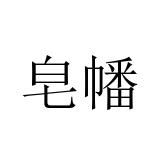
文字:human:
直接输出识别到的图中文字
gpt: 皂幡